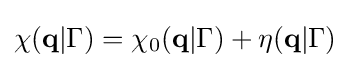
\chi (\mathbf {q} |\Gamma )=\chi _{0}(\mathbf {q} |\Gamma )+\eta (\mathbf {q} |\Gamma )